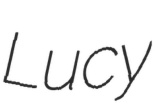
Lucy